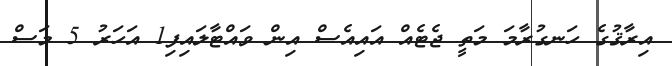
އިރާޤުގެ ހަނގުރާމަ މަތީ ޖެޓެއް އައިއެސް އިން ވައްޓާލައިފި1 އަހަރު 5 މަސް